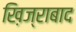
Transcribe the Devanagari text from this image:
ख़िज्राबाद